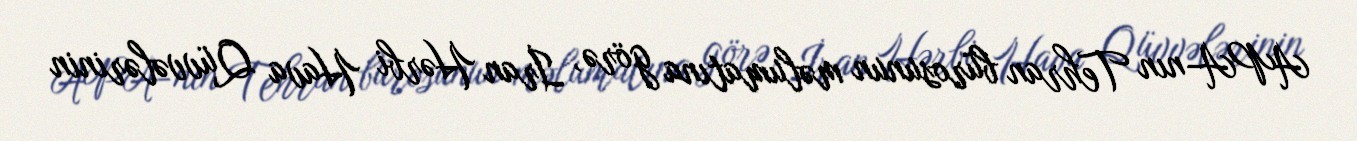
APA-nın Tehran bürosunun məlumatına görə, İran Hərbi Hava Qüvvələrinin